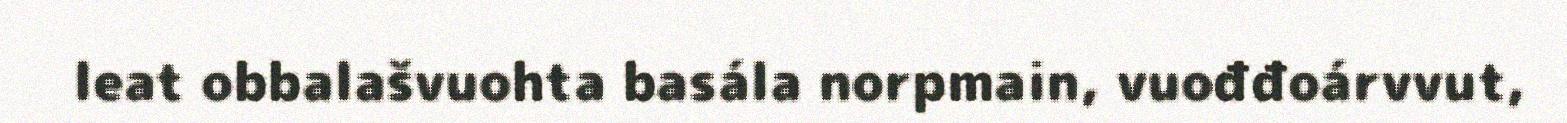
leat obbalašvuohta basála norpmain, vuođđoárvvut,